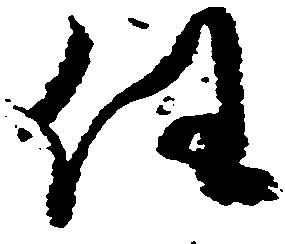
任